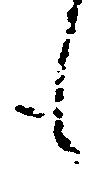
も